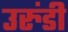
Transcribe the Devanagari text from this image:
उरुंडी